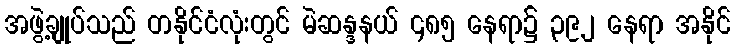
အဖွဲ့ချုပ်သည် တနိုင်ငံလုံးတွင် မဲဆန္ဒနယ် ၄၈၅ နေရာ၌ ၃၉၂ နေရာ အနိုင်